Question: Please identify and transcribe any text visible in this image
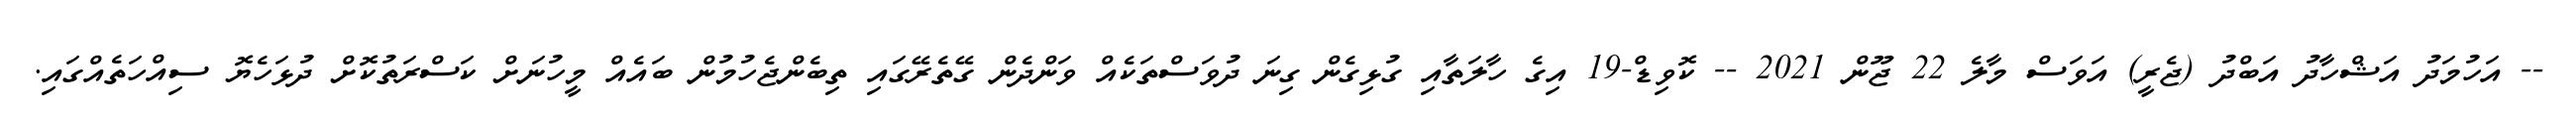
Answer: -- އަހުމަދު އަޝްހާދު އަބްދު (ޖެރީ) އަވަސް މާލެ 22 ޖޫން 2021 -- ކޮވިޑް-19 އިގެ ހާލަތާއި ގުޅިގެން ގިނަ ދުވަސްތަކެއް ވަންދެން ގޭތެރޭގައި ތިބެންޖެހުމުން ބައެއް މީހުނަށް ކަސްރަތުކޮށް ދުޅަހެޔޮ ސިއްހަތެއްގައި.